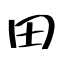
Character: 田